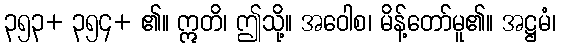
၃၅၃+ ၃၅၄+ ၏။ ဣတိ၊ ဤသို့။ အဝေါစ၊ မိန့်တော်မူ၏။ အဋ္ဌမံ၊